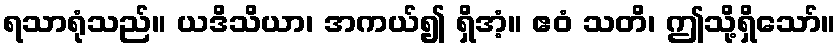
ရသာရုံသည်။ ယဒိသိယာ၊ အကယ်၍ ရှိအံ့။ ဧဝံ သတိ၊ ဤသို့ရှိသော်။